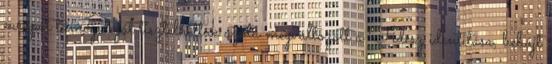
európai támogatóját tisztel­hettük azóta megváltozott a Fidesz identitása, bebújt